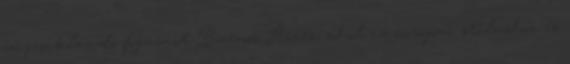
ínycsiklandó fogásait Buenos Aires, ahol az európai stílushoz és